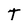
Character: t